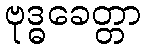
ဗုဒ္ဓခေတ္တာ